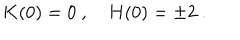
K ( 0 ) = 0 \ , \quad H ( 0 ) = \pm 2 \ .